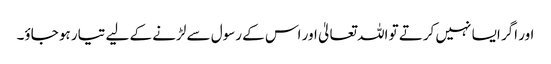
اور اگر ایسا نہیں کرتے تو اللہ تعالیٰ اور اس کے رسول سے لڑنے کے لیے تیار ہو جاؤ۔